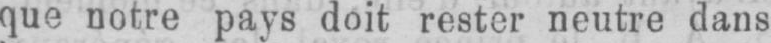
que notre pays doit rester neutre dans